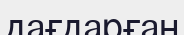
дағдарған